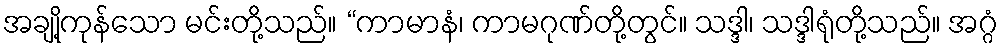
အချို့ကုန်သော မင်းတို့သည်။ “ကာမာနံ၊ ကာမဂုဏ်တို့တွင်။ သဒ္ဒါ၊ သဒ္ဒါရုံတို့သည်။ အဂ္ဂံ